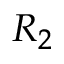
R _ { 2 }